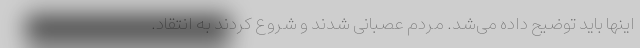
اینها باید توضیح داده می‌شد. مردم عصبانی شدند و شروع کردند به انتقاد.